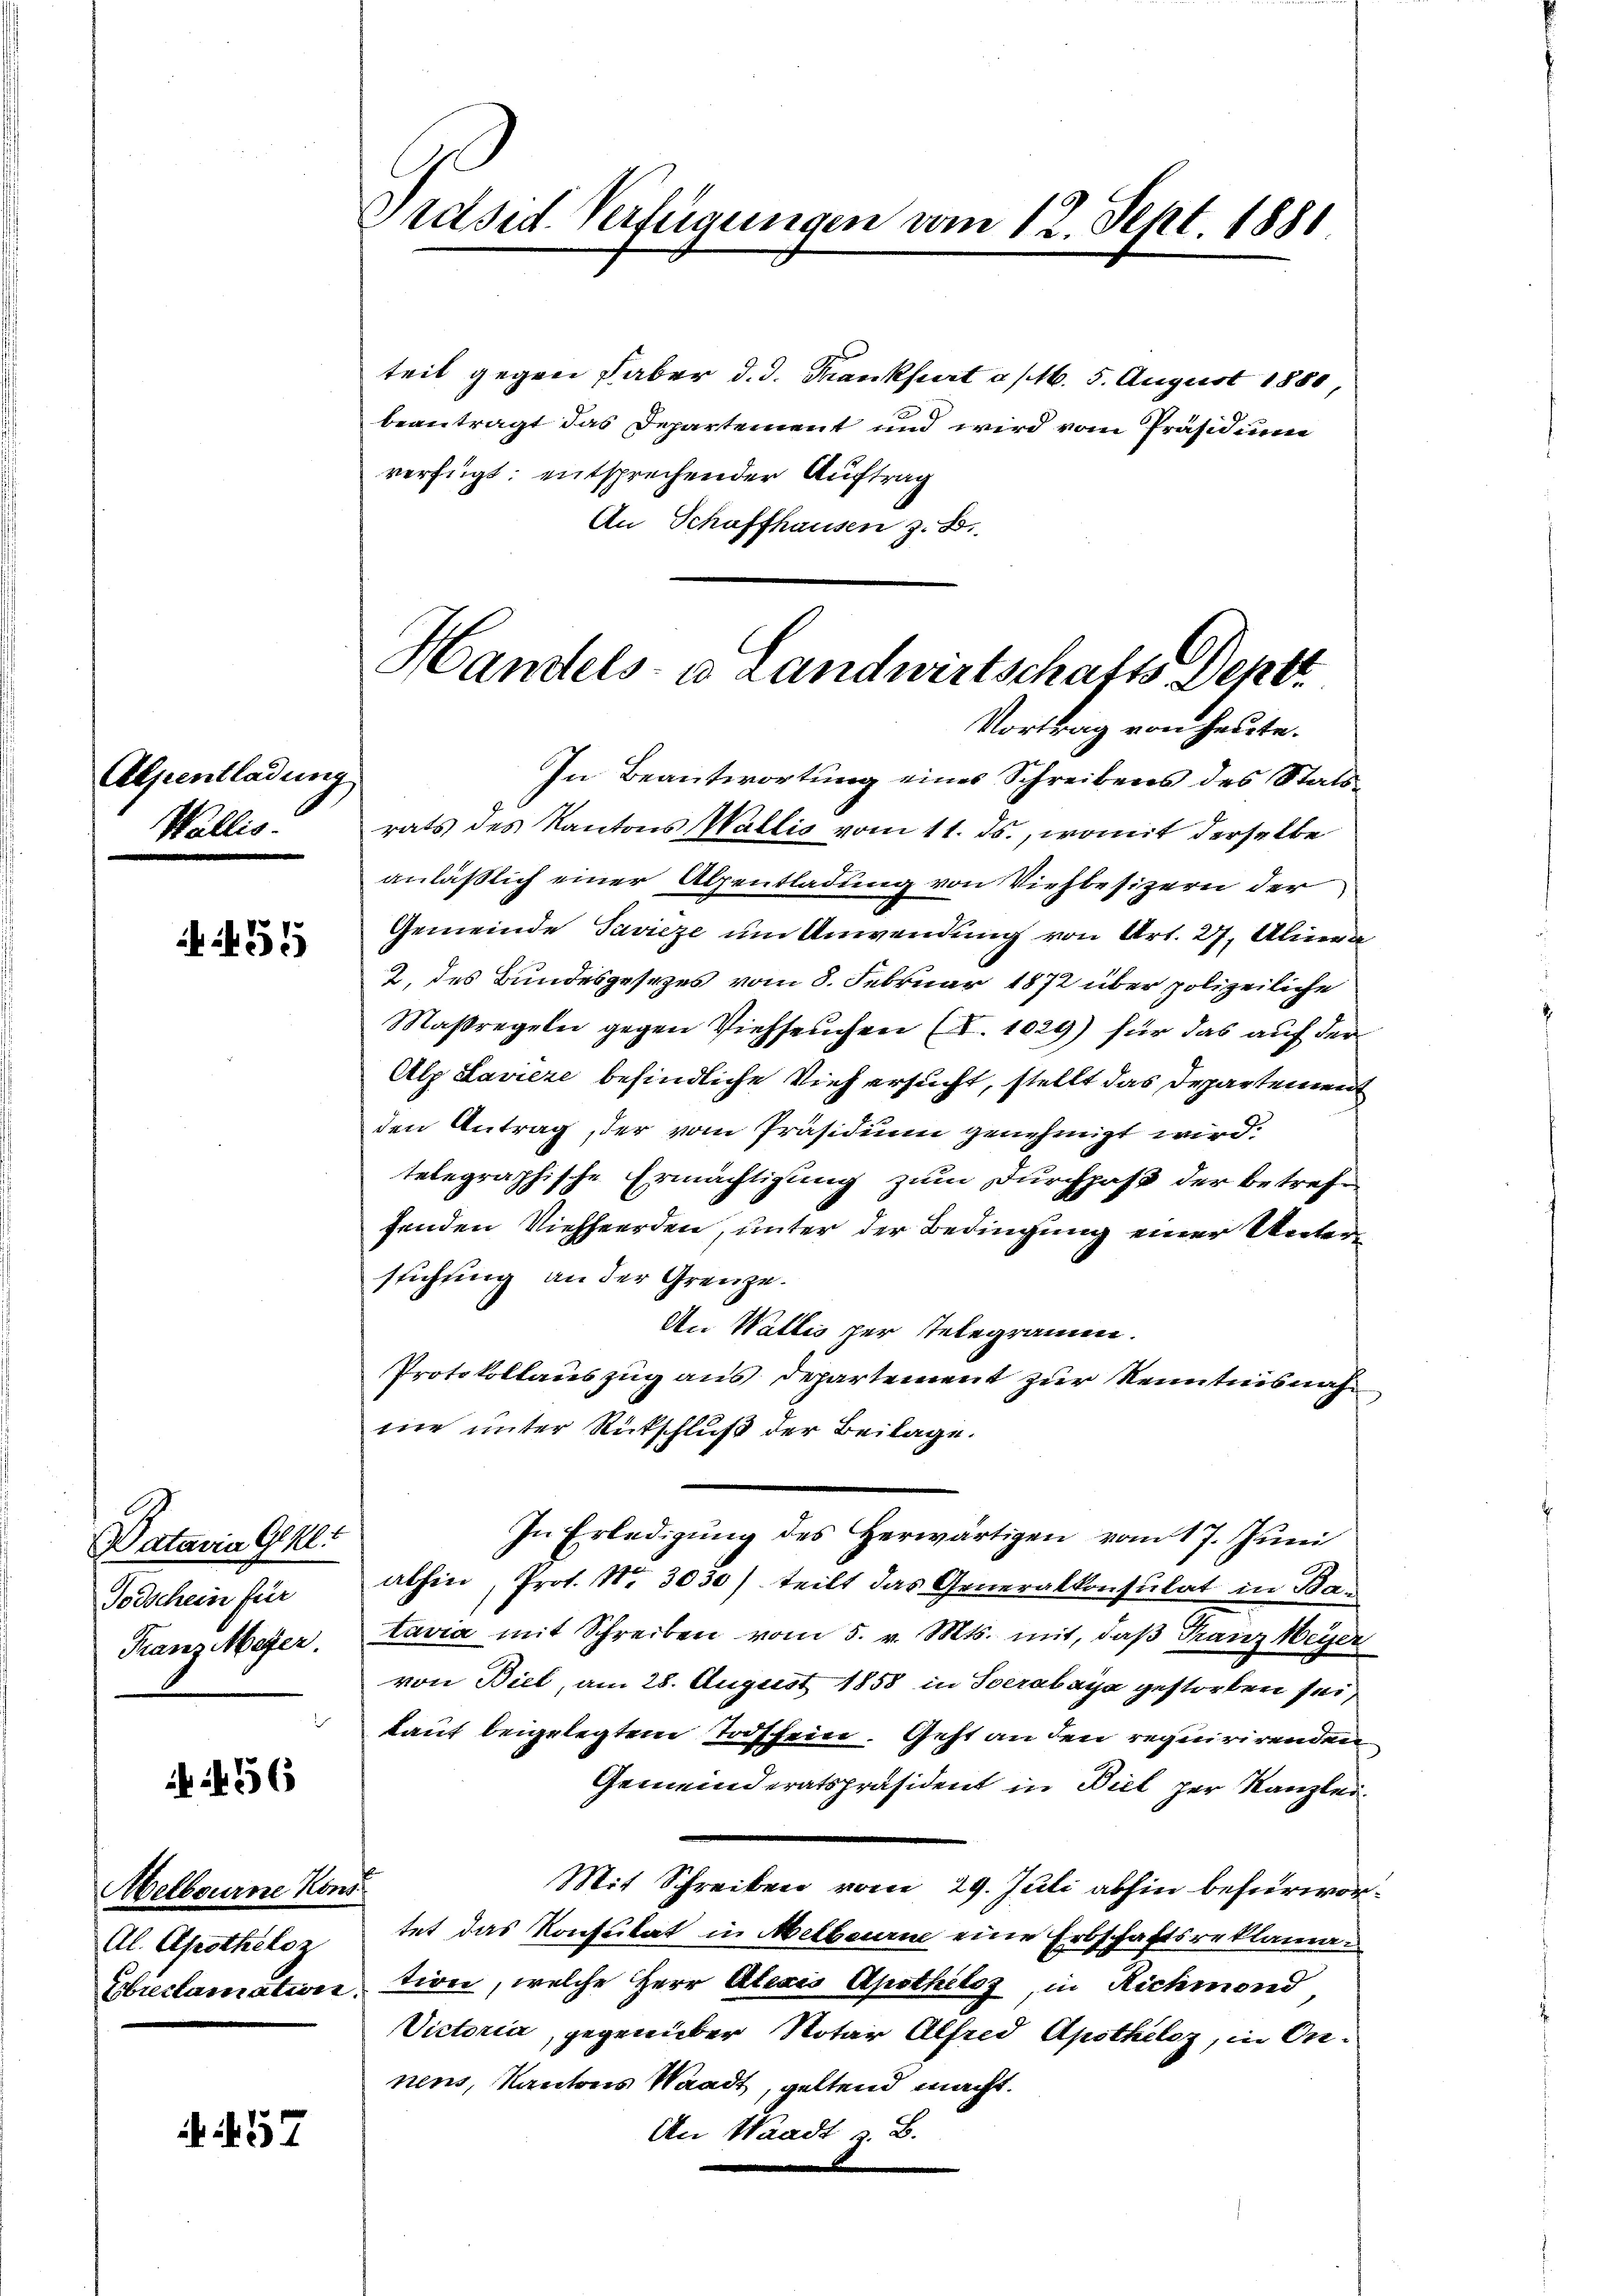
Alpentladung
Wallis.

if. 55

(Datavia Gekl
Todschein für
Franz Meyer.

36

Metbourne Kons
Al. Apotheloz

A 157

Präsid. Verfügungen vom 12. Sept. 1881.

teil gegen Faber d. d. Mankfurt a/M. 5. August 1880,
beantragt das Departement und wird vom Präsidium
verfügt: entsprechender Auftrag
An Schaffhausen z. B.
Vortrag von heute.
In Beantwortung eines Schreibens des Statsrats des Kantons Wallis vom 11. ds., womit derselbe
anläßlich einer Alpentladung von Viehbesizern der
Gemeinde Pavieze um Anwendung von Art. 27, Alinea
2. des Bundesgesezes vom 8. Februar 1872 über polizeiliche
Maßregeln gegen Viehseuchen (Z. 1029) für das auf der
Alp Laviere befindliche Vieh ersucht, stellt das Departement
den Antrag, der vom Präsidium genehmigt wird.
telegraphische Ermächtigung zum Durchpaß der betreffenden Viehherden, unter der Bedingung einer Unterstichung an der Grenze.
An Wallis per telegramm.
Protokollauszug aus Departement zur Kenntnisnahmie unter Rückschluß der Beilage.
In Erledigung des Herwärtigen vom 17. Juni
abhin, Prot. Nr. 3030) teilt das Generalkonsulat in Batavia mit Schreiben vom 5. v. Mts. mit, daß Franz Meyer
von Biel, am 28. August 1858 in Socrabaya gestorben sei,
kauf beigelegtem Todschein. Geht an den requirirenden
Gemeinderatspräsident in Biel per Kanzlei
Mit Schreiben vom 29. Juli abhin befürwortet das Konsulat in Melbourne eine Erbschaftsreklama¬
Gbreclamation, tion, welche Herr Alexis Apotheloz, in Richmond
Victoria, gegenüber Notar Alfred Apothelz in Onnens, Kantons Waadt, geltend macht.
An Waadt z. B.

Handels- u Landwirtschafts-Deptt